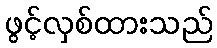
ဖွင့်လှစ်ထားသည်